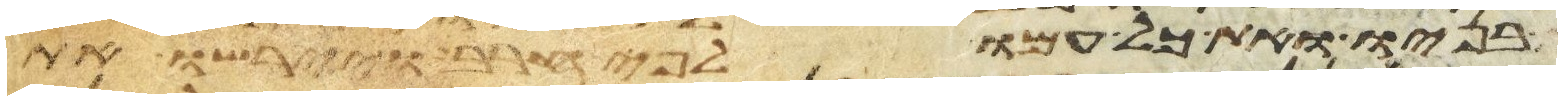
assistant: בניו ואת כל עמו לפי חרב ויירשו את